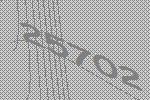
25702